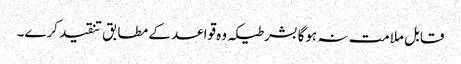
قابل ملامت نہ ہوگا بشرطیکہ وہ قواعد کے مطابق تنقید کرے۔